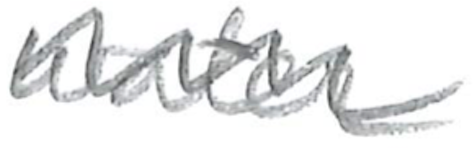
Text: water
Cross-out: zig-zag
Writing tool: pencil